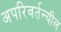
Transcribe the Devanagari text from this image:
अपरिवर्तन्यील